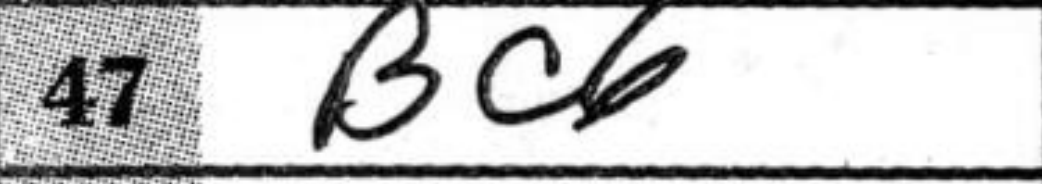
Transcription: Bc6